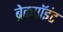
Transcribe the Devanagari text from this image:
ब्रेकपॉइंट